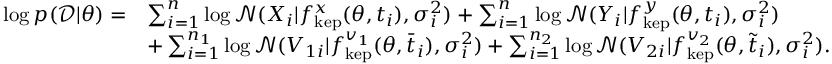
\begin{array} { r l } { \log p ( \mathcal { D } | \theta ) = } & { \sum _ { i = 1 } ^ { n } \log \mathcal { N } ( X _ { i } | f _ { \mathrm { k e p } } ^ { x } ( \theta , t _ { i } ) , \sigma _ { i } ^ { 2 } ) + \sum _ { i = 1 } ^ { n } \log \mathcal { N } ( Y _ { i } | f _ { \mathrm { k e p } } ^ { y } ( \theta , t _ { i } ) , \sigma _ { i } ^ { 2 } ) } \\ & { + \sum _ { i = 1 } ^ { n _ { 1 } } \log \mathcal { N } ( V _ { 1 i } | f _ { \mathrm { k e p } } ^ { v _ { 1 } } ( \theta , \bar { t } _ { i } ) , \sigma _ { i } ^ { 2 } ) + \sum _ { i = 1 } ^ { n _ { 2 } } \log \mathcal { N } ( V _ { 2 i } | f _ { \mathrm { k e p } } ^ { v _ { 2 } } ( \theta , \tilde { t } _ { i } ) , \sigma _ { i } ^ { 2 } ) . } \end{array}